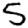
Digit: 5